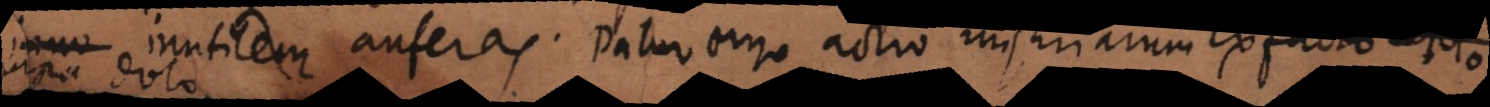
inno inutilem auferas. Datur ergo actio injuriarum ex f